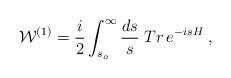
LaTeX: \begin{align*}{\cal W}^{(1)}={i\over 2}\int_{s_o}^\infty{ds\over s}\;Tr\,e^{-isH}\; ,\end{align*}